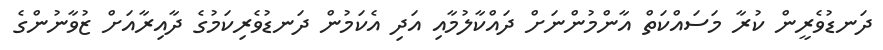
ދަނޑުވެރީން ކުރާ މަސައްކަތް އާންމުންނަށް ދައްކާލުމާއި އަދި އެކަމުން ދަނޑުވެރިކަމުގެ ދާއިރާއަށް ޒުވާނުންގެ